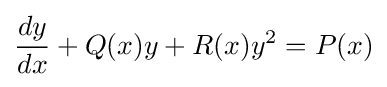
{\frac {dy}{dx}}+Q(x)y+R(x)y^{2}=P(x)